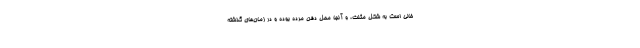
خالی است به شکل مثلث، و آنجا محل دفن مرده بوده و در زمان‌های گذشته